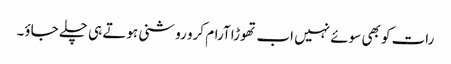
رات کو بھی سوئے نہیں اب تھوڑا آرام کرو روشنی ہوتے ہی چلے جاؤ۔